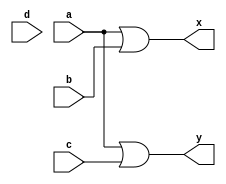
module encoder(
	input a,b,c,d,
	output x,y
);

assign x = a|b;
assign y = a|c;

endmodule